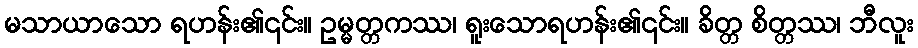
မသာယာသော ရဟန်း၏၎င်း။ ဥမ္မတ္တကဿ၊ ရူးသောရဟန်း၏၎င်း။ ခိတ္တ စိတ္တဿ၊ ဘီလူး